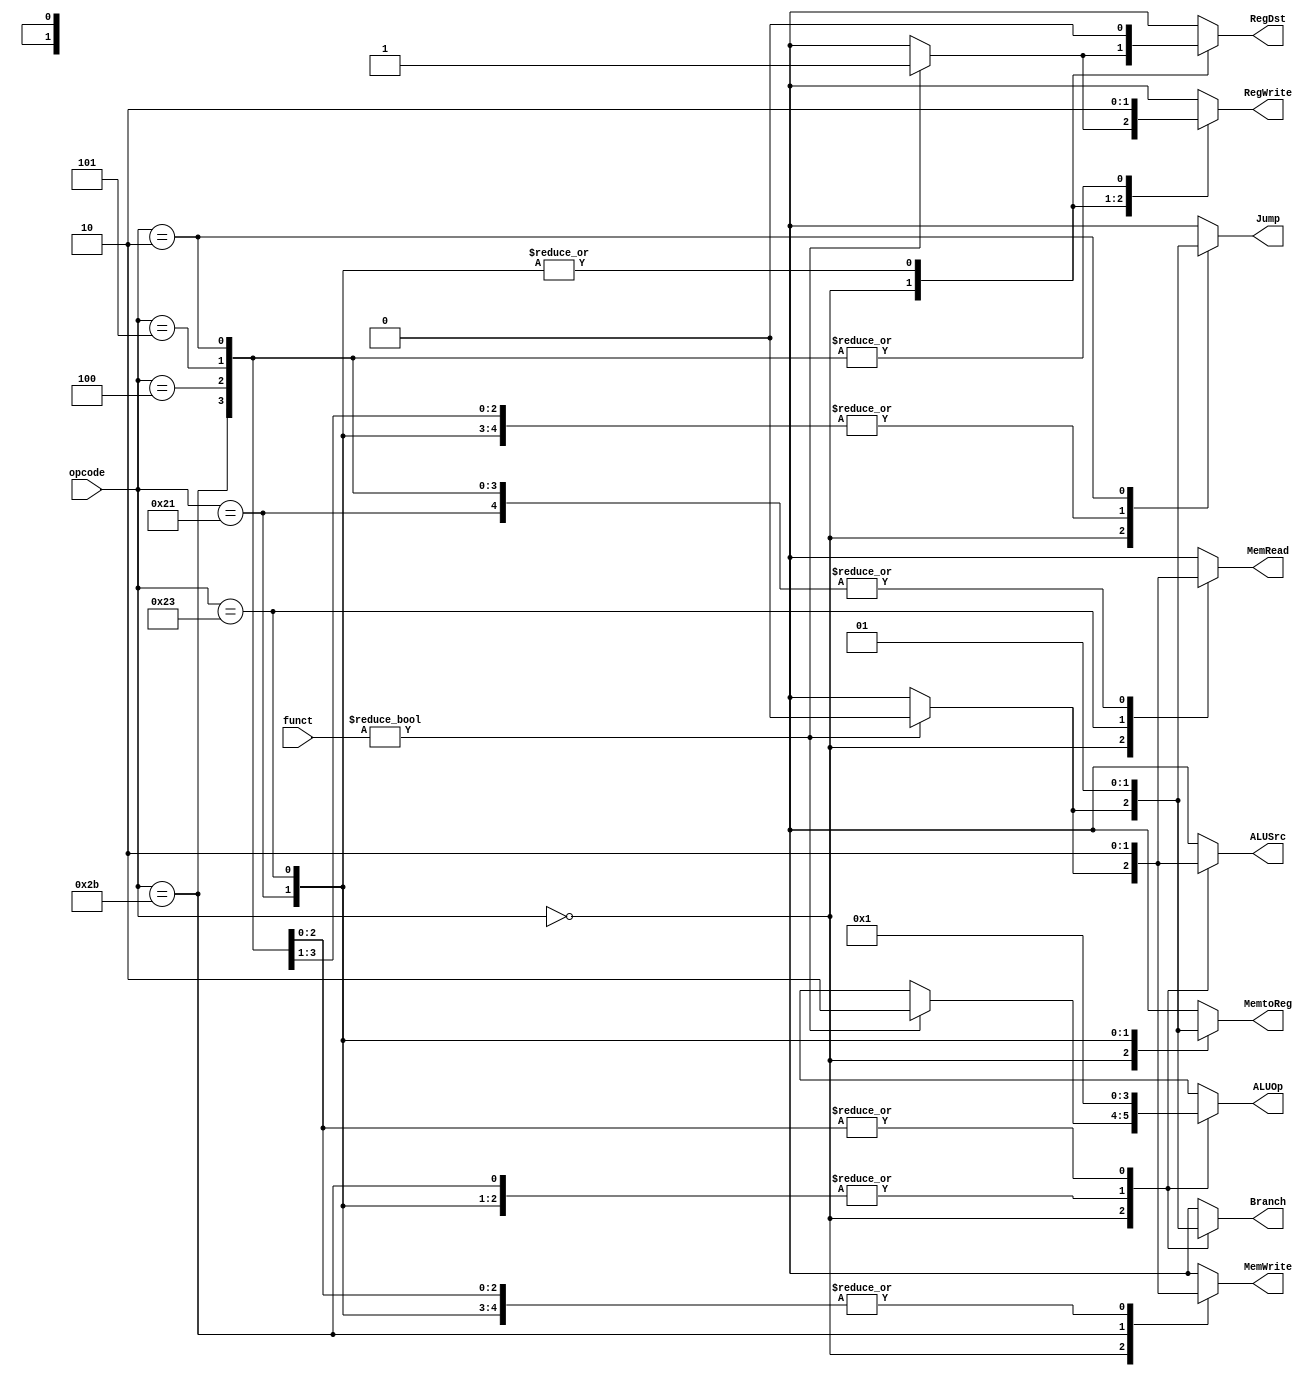
module control_pipeline( opcode, funct, RegDst, ALUSrc, MemtoReg, RegWrite, 
					   MemRead, MemWrite, Branch, Jump, ALUOp);
    input[5:0] opcode, funct ;
    output RegDst, ALUSrc, MemtoReg, RegWrite, MemRead, MemWrite, Branch, Jump;
    output[1:0] ALUOp;
    reg RegDst, ALUSrc, MemtoReg, RegWrite, MemRead, MemWrite, Branch, Jump;
    reg[1:0] ALUOp;

    parameter R_FORMAT = 6'd0;
	parameter I_ADDIU = 6'd33;
    parameter LW = 6'd35;
    parameter SW = 6'd43;
    parameter BEQ = 6'd4;
	parameter BNE = 6'd5; 
	parameter J = 6'd2;
	
    always @( opcode or funct ) begin
        case ( opcode )
          R_FORMAT : 
          begin
				if ( funct != 6'd0 )
				begin
					RegDst = 1'b1; ALUSrc = 1'b0; MemtoReg = 1'b0; RegWrite = 1'b1; MemRead = 1'b0; 
					MemWrite = 1'b0; Branch = 1'b0; Jump = 1'b0; ALUOp = 2'b10;
				end
				else 
				begin
					RegDst=1'bx; ALUSrc=1'bx; MemtoReg=1'bx; RegWrite=1'bx; MemRead=1'bx; 
					MemWrite=1'bx; Branch=1'bx; Jump = 1'bx; ALUOp = 2'bxx;
				end
		  end
		  I_ADDIU :
		  begin
				RegDst = 1'b0; ALUSrc = 1'b1; MemtoReg = 1'b0; RegWrite = 1'b1; MemRead = 1'b0; 
				MemWrite = 1'b0; Branch = 1'b0; Jump = 1'b0; ALUOp = 2'b00;
		  end	
          LW :
          begin
				RegDst = 1'b0; ALUSrc = 1'b1; MemtoReg = 1'b1; RegWrite = 1'b1; MemRead = 1'b1; 
				MemWrite = 1'b0; Branch = 1'b0; Jump = 1'b0; ALUOp = 2'b00;
          end
          SW :
          begin
				RegDst = 1'bx; ALUSrc = 1'b1; MemtoReg = 1'bx; RegWrite = 1'b0; MemRead = 1'b0; 
				MemWrite = 1'b1; Branch = 1'b0; Jump = 1'b0; ALUOp = 2'b00;
          end
          BEQ :
          begin
				RegDst = 1'bx; ALUSrc = 1'b0; MemtoReg = 1'bx; RegWrite = 1'b0; MemRead = 1'b0; 
				MemWrite = 1'b0; Branch = 1'b1; Jump = 1'b0; ALUOp = 2'b01;
          end
		  BNE :
          begin
				RegDst = 1'bx; ALUSrc = 1'b0; MemtoReg = 1'bx; RegWrite = 1'b0; MemRead = 1'b0; 
				MemWrite = 1'b0; Branch = 1'b1; Jump = 1'b0; ALUOp = 2'b01;
          end	
		  J :
		  begin
				RegDst = 1'bx; ALUSrc = 1'b0; MemtoReg = 1'bx; RegWrite = 1'b0; MemRead = 1'b0; 
				MemWrite = 1'b0; Branch = 1'b1; Jump = 1'b1; ALUOp = 2'b01;
		  end
          default
          begin
				$display("control_single unimplemented opcode %d", opcode);
				RegDst=1'bx; ALUSrc=1'bx; MemtoReg=1'bx; RegWrite=1'bx; MemRead=1'bx; 
				MemWrite=1'bx; Branch=1'bx; Jump = 1'bx; ALUOp = 2'bxx;
          end

        endcase
    end
endmodule